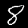
Digit: 8